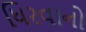
ધિરવાનો